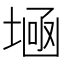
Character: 𡎕